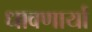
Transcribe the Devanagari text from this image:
धावणार्या